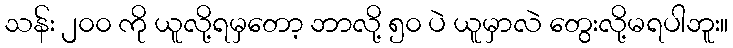
သန်း ၂၀၀ ကို ယူလို့ရမှတော့ ဘာလို့ ၅၀ ပဲ ယူမှာလဲ တွေးလို့မရပါဘူး။